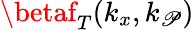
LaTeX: \betaf_{T}(k_{x},k_{\mathscr{P}})